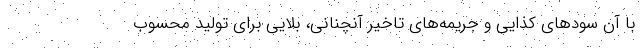
با آن سودهای کذایی و جریمه‌های تاخیر آنچنانی، بلایی برای تولید محسوب